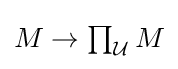
M\to {\textstyle \prod }_{\mathcal {U}}\,M